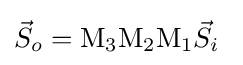
{\vec {S}}_{o}=\mathrm {M} _{3}\mathrm {M} _{2}\mathrm {M} _{1}{\vec {S}}_{i}\